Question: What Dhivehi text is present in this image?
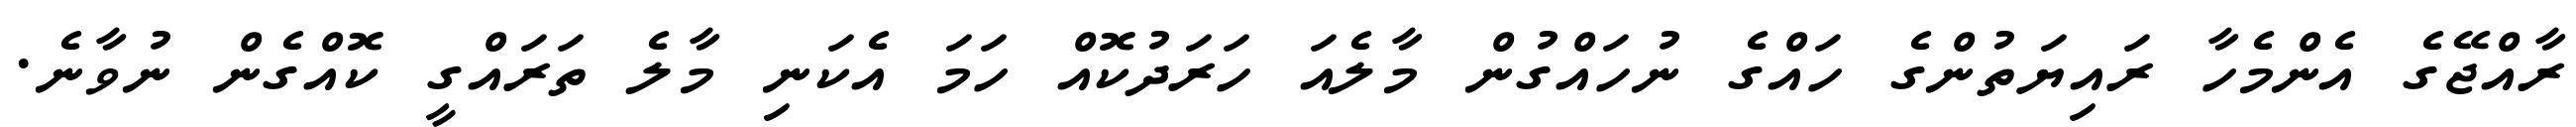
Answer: ރާއްޖޭގެ އެންމެހާ ރައިޔަތުންގެ ހައްގެ ނުހައްގުން މާލެއަ ހަރަދުކޮއް ހަމަ އެކަނި މާލެ ތަރައްގީ ކޮއްގެން ނުވާނެ.